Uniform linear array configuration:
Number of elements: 32
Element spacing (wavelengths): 0.25
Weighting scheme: hamming
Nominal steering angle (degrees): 45
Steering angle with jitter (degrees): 43.79
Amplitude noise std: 0.05
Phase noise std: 0.05

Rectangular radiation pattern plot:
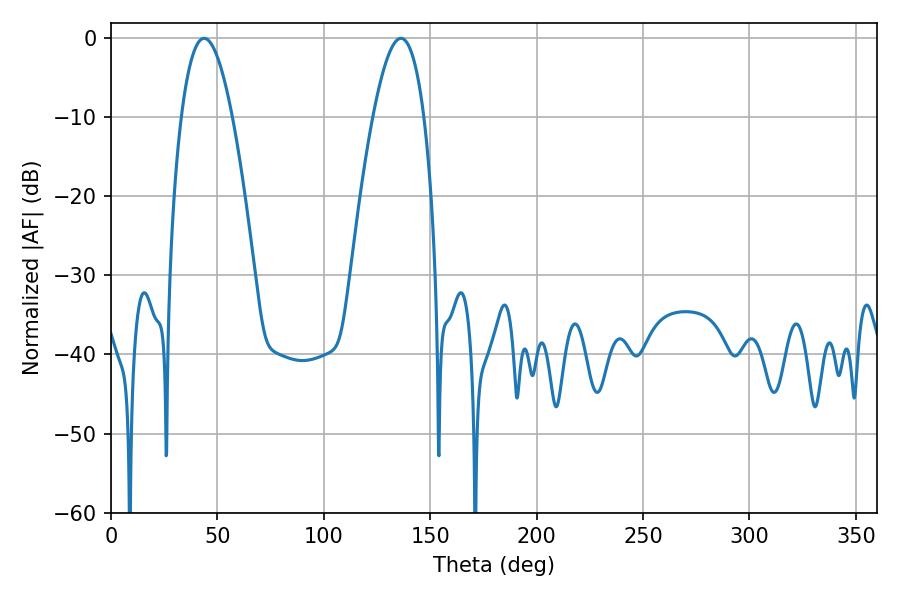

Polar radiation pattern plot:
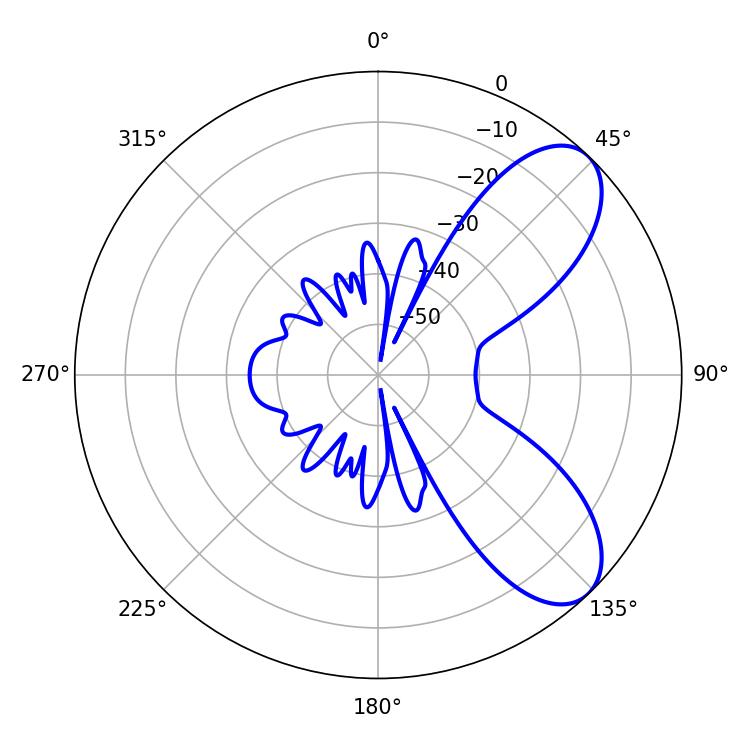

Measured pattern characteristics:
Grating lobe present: FALSE
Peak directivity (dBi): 7.646
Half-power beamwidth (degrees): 13.14
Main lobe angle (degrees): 43.74